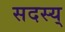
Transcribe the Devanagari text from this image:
सदस्य्